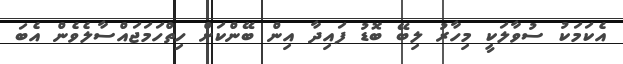
އެކަމަކު ސުވާލަކީ މިހާރު ލިބޭ ބޮޑު ފައިދާ އިން ބޭންކަށް ހިތްހަމަޖައްސާލެވެން އެބަ